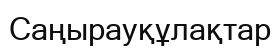
Саңырауқұлақтар